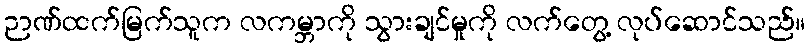
ဉာဏ်ထက်မြက်သူက လကမ္ဘာကို သွားချင်မှုကို လက်တွေ့ လုပ်ဆောင်သည်။